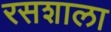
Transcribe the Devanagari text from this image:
रसशाला